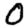
Digit: 0